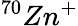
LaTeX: ^{70}Zn^{+}